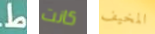
ط كانت المخيف